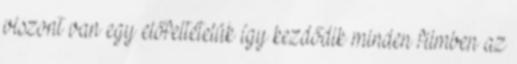
viszont van egy előfeltételük így kezdődik minden filmben az